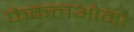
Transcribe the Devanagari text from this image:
फेकलओमा